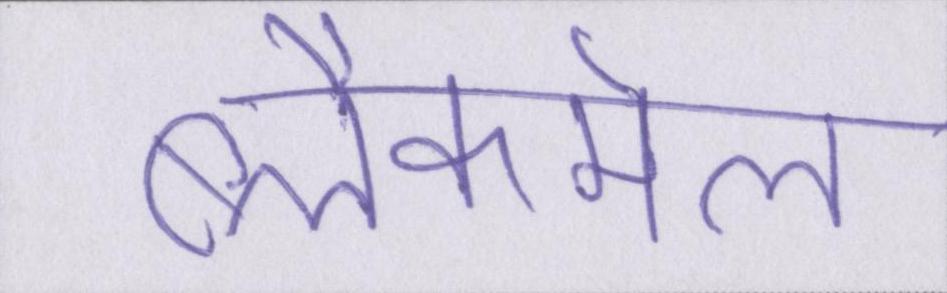
ब्लैकमेल